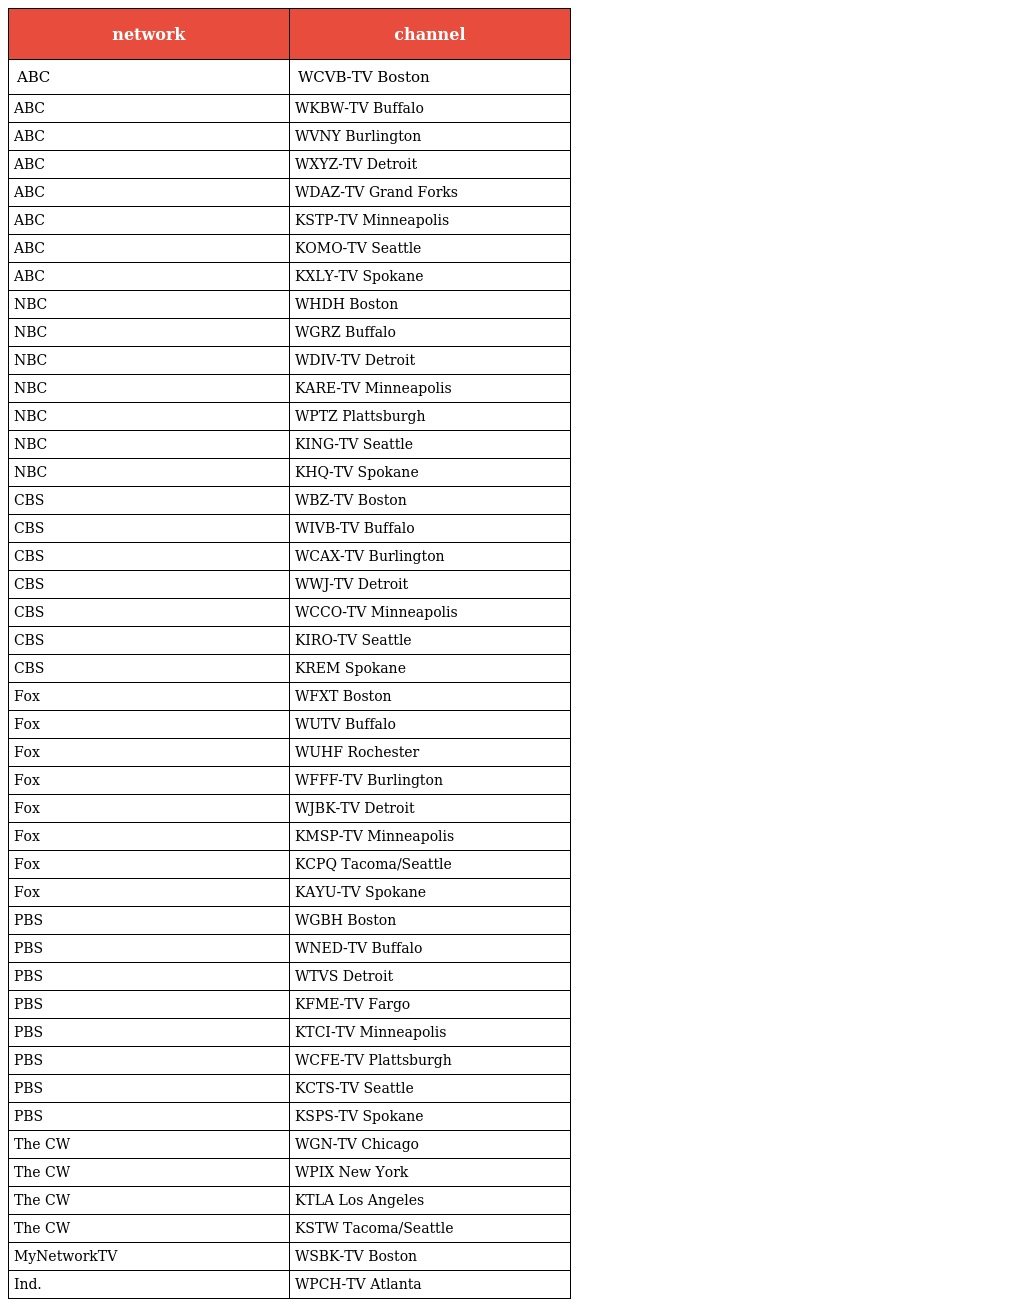
| network | channel |
 | --- | --- |
 | ABC | WCVB-TV Boston |
 | ABC | WKBW-TV Buffalo |
 | ABC | WVNY Burlington |
 | ABC | WXYZ-TV Detroit |
 | ABC | WDAZ-TV Grand Forks |
 | ABC | KSTP-TV Minneapolis |
 | ABC | KOMO-TV Seattle |
 | ABC | KXLY-TV Spokane |
 | NBC | WHDH Boston |
 | NBC | WGRZ Buffalo |
 | NBC | WDIV-TV Detroit |
 | NBC | KARE-TV Minneapolis |
 | NBC | WPTZ Plattsburgh |
 | NBC | KING-TV Seattle |
 | NBC | KHQ-TV Spokane |
 | CBS | WBZ-TV Boston |
 | CBS | WIVB-TV Buffalo |
 | CBS | WCAX-TV Burlington |
 | CBS | WWJ-TV Detroit |
 | CBS | WCCO-TV Minneapolis |
 | CBS | KIRO-TV Seattle |
 | CBS | KREM Spokane |
 | Fox | WFXT Boston |
 | Fox | WUTV Buffalo |
 | Fox | WUHF Rochester |
 | Fox | WFFF-TV Burlington |
 | Fox | WJBK-TV Detroit |
 | Fox | KMSP-TV Minneapolis |
 | Fox | KCPQ Tacoma/Seattle |
 | Fox | KAYU-TV Spokane |
 | PBS | WGBH Boston |
 | PBS | WNED-TV Buffalo |
 | PBS | WTVS Detroit |
 | PBS | KFME-TV Fargo |
 | PBS | KTCI-TV Minneapolis |
 | PBS | WCFE-TV Plattsburgh |
 | PBS | KCTS-TV Seattle |
 | PBS | KSPS-TV Spokane |
 | The CW | WGN-TV Chicago |
 | The CW | WPIX New York |
 | The CW | KTLA Los Angeles |
 | The CW | KSTW Tacoma/Seattle |
 | MyNetworkTV | WSBK-TV Boston |
 | Ind. | WPCH-TV Atlanta |